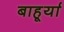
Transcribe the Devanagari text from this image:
बाहूर्या